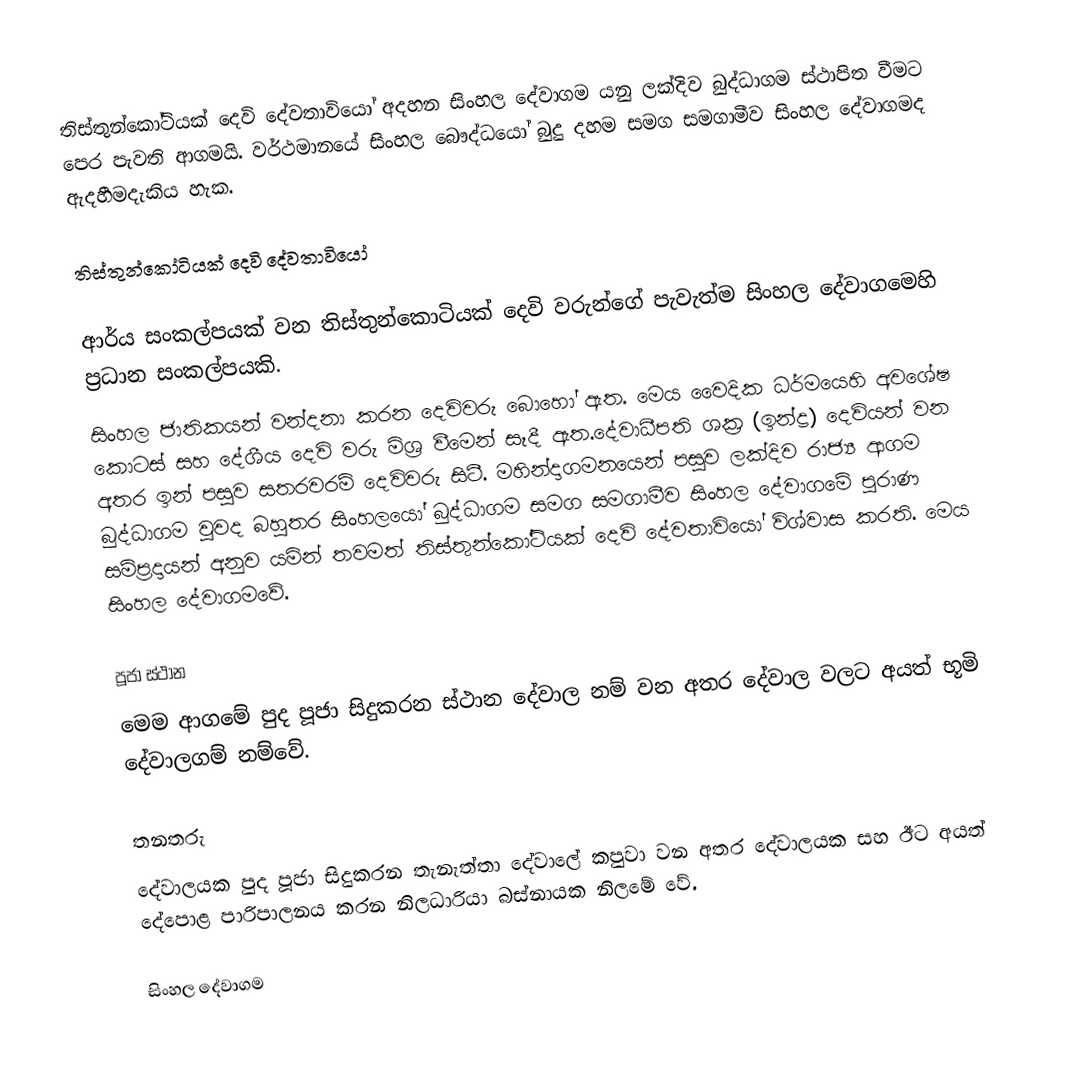
තිස්තුන්කෝටියක් දෙවි දේවතාවියෝ අදහන සිංහල දේවාගම යනු ලක්දිව බුද්ධාගම ස්ථාපිත වීමට පෙර පැවති ආගමයි. වර්ථමානයේ සිංහල බෞද්ධයෝ බුදු දහම සමග සමගාමීව සිංහල දේවාගමද ඇදහීමදැකිය හැක.

තිස්තුන්කෝටියක් දෙවි දේවතාවියෝ

ආර්ය සංකල්පයක් වන තිස්තුන්කොටියක් දෙවි වරුන්ගේ පැවැත්ම සිංහල දේවාගමෙහි ප්‍රධාන සංකල්පයකි.
සිංහල ජාතිකයන් වන්දනා කරන දෙවිවරු බොහෝ ඇත. මෙය වෛදික ධර්මයෙහි අවශේෂ කොටස් සහ දේශීය දෙවි වරු මිශ්‍ර වීමෙන් සෑදී ඇත.දේවාධීපති ශක්‍ර (ඉන්ද්‍ර) දෙවියන් වන අතර ඉන් පසුව සතරවරම් දෙවිවරු සිටී. මහින්දාගමනයෙන් පසුව ලක්දිව රාජ්‍ය ආගම බුද්ධාගම වුවද බහුතර සිංහලයෝ බුද්ධාගම සමග සමගාමීව සිංහල දේවාගමේ පුරාණ සම්ප්‍රදායන් අනුව යමින් තවමත් තිස්තුන්කෝටියක් දෙවි දේවතාවියෝ විශ්වාස කරති. මෙය සිංහල දේවාගමවේ.

පූජා ස්ථාන
මෙම ආගමේ පුද පූජා සිදුකරන ස්ථාන දේවාල නම් වන අතර දේවාල වලට අයත් භූමි දේවාලගම් නම්වේ.

තනතරු
දේවාලයක පුද පූජා සිදුකරන තැනැත්තා දේවාලේ කපුවා වන අතර දේවාලයක සහ ඊට අයත් දේපොළ පාරිපාලනය කරන නිලධාරියා බස්නායක නිලමේ වේ.

සිංහල දේවාගම